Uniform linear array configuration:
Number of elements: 4
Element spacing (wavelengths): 1
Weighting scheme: uniform
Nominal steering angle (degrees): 15
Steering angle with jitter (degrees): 16.577
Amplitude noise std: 0.05
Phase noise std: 0.05

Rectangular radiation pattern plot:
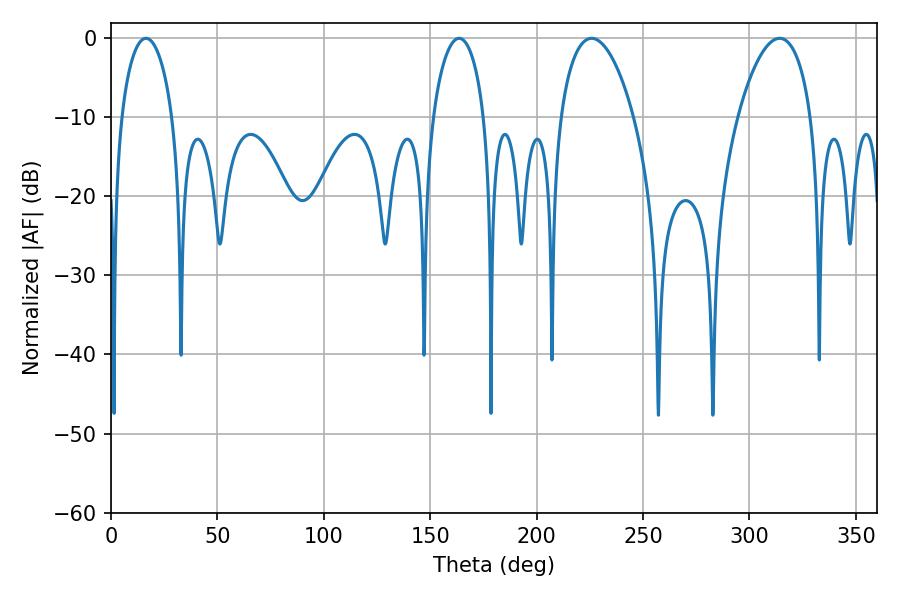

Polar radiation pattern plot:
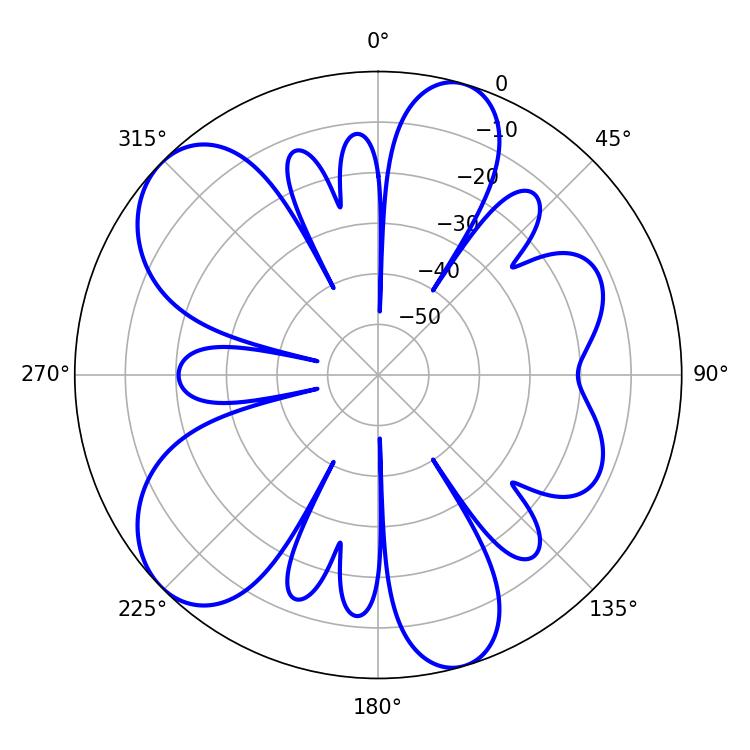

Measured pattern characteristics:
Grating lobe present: TRUE
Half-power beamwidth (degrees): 13.68
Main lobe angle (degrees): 16.38